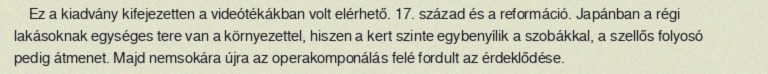
Ez a kiadvány kifejezetten a videótékákban volt elérhető. 17. század és a reformáció. Japánban a régi lakásoknak egységes tere van a környezettel, hiszen a kert szinte egybenyílik a szobákkal, a szellős folyosó pedig átmenet. Majd nemsokára újra az operakomponálás felé fordult az érdeklődése.